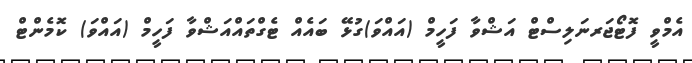
އެމްވީ ފޮޓޯޖަރނަލިސްޓް އަޝްވާ ފަހީމް (އައްވަ)ގުޅޭ ބައެއް ޓެގްތައްއަޝްވާ ފަހީމް (އައްވަ) ކޮމެންޓް